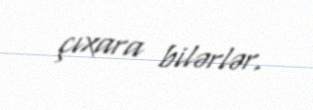
çıxara bilərlər.